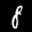
Label: 8